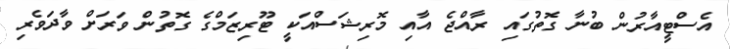
އެސްޓީއާރުން ބުނާ ގޮތުގައި ރާއްޖެ އާއި މޮރިޝަސްއަކީ ޓޫރިޒަމްގެ ގޮތުން ވަރަށް ވާދަވެރި